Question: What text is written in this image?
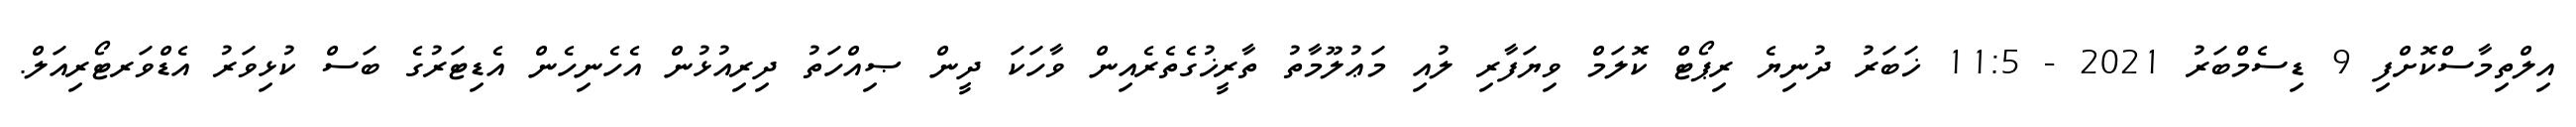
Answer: އިލްތިމާސްކޮށްފި 9 ޑިސެމްބަރު 2021 - 11:5 ޚަބަރު ދުނިޔެ ރިޕޯޓް ކޮލަމް ވިޔަފާރި ލުއި މަޢުލޫމާތު ތާރީޚުގެތެރެއިން ވާހަކަ ދީން ޞިއްހަތު ދިރިއުޅުން އެހެނިހެން އެޑިޓަރުގެ ބަސް ކުޅިވަރު އެޑްވަރޓޯރިއަލް.